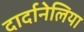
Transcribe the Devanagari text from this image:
दार्दानेलिया